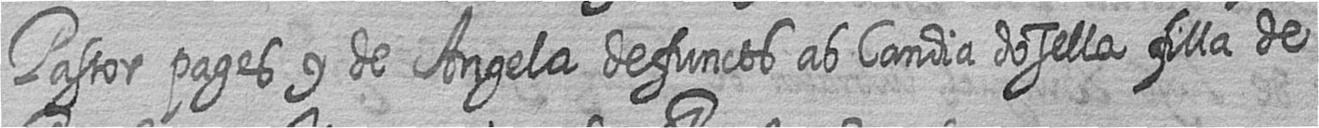
Pastor pages y de Angela defuncts ab Candia dosella filla de